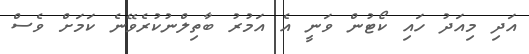
އަދި މިއަދު ހައި ކޯޓުން ވަނީ އެ އަމުރު ބާތިލްނުކުރެވޭނެ ކަމަށް ވެސް